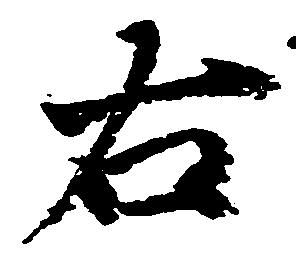
右